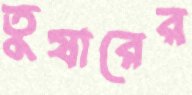
তুষারের